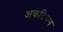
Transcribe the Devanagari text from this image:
अकटियम